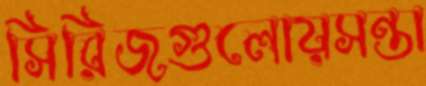
সিরিজগুলোয়সন্তা